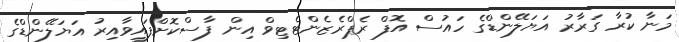
މަނާ ކުރާ ގަރާރު އަޔަލޭންޑްގެ ހައުސް އޮފް ރެޕްރެޒެންޓެޓިވް އިން ފާސްކޮށްފައިވާއިރު އަޔަލޭންޑްގެ